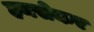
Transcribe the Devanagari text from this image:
हनसेकर